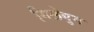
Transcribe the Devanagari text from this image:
गिलेयुम